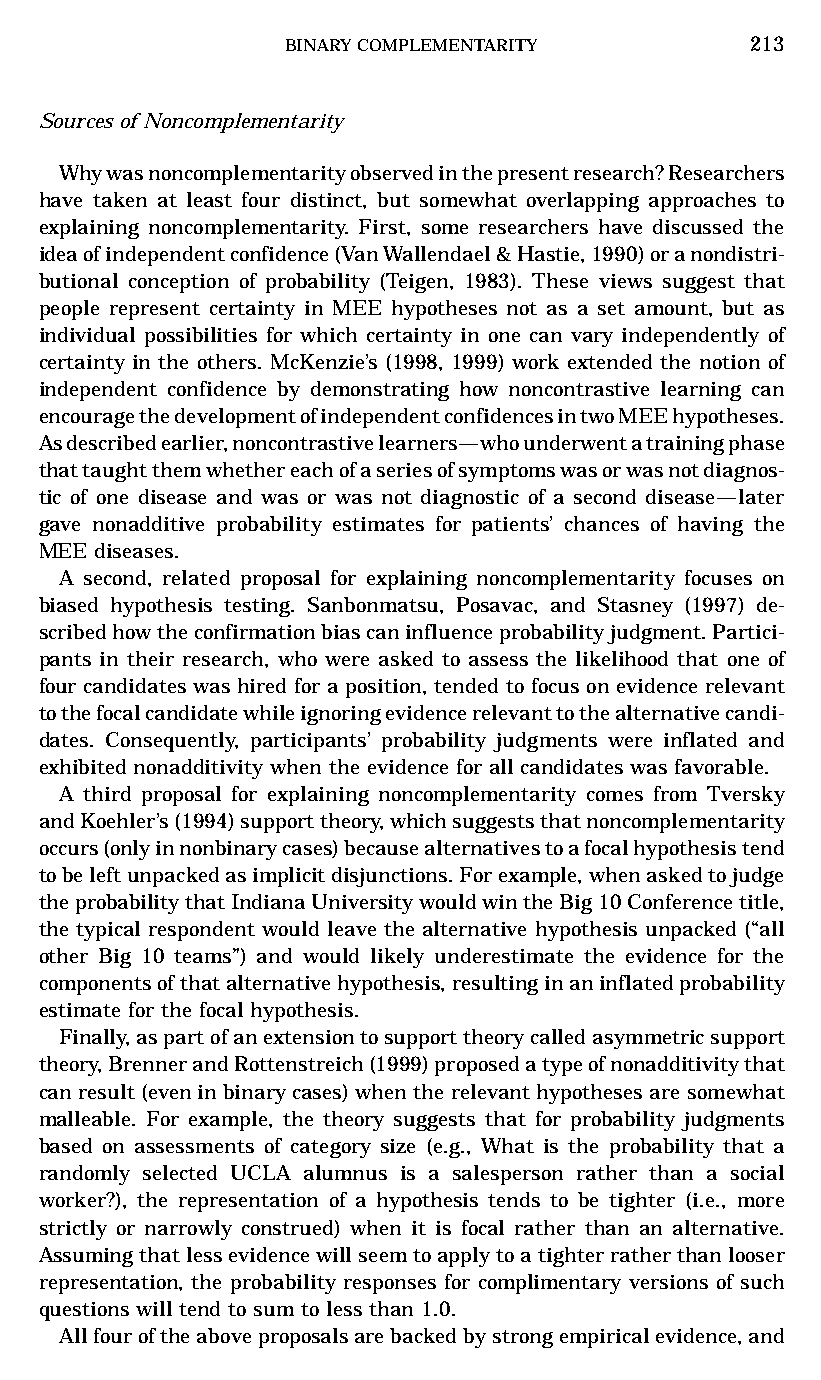
BINARYCOMPLEMENTARITY         213
 Sources of Noncomplementarity
 Whywasnoncomplementarityobservedinthepresentresearch?Researchers
 have taken at least four distinct, but somewhat overlapping approaches to
 explaining noncomplementarity. First, some researchers have discussed the
 ideaofindependentconfidence(VanWallendael&Hastie,1990)oranondistri-
 butional conception of probability (Teigen, 1983). These views suggest that
 people represent certainty in MEE hypotheses not as a set amount, but as
 individual possibilities for which certainty in one can vary independently of
 certainty in the others. McKenzie’s (1998, 1999) work extended the notion of
 independent confidence by demonstrating how noncontrastive learning can
 encouragethedevelopmentofindependentconfidencesintwoMEEhypotheses.
 Asdescribedearlier,noncontrastivelearners—whounderwentatrainingphase
 thattaughtthemwhethereachofaseriesofsymptomswasorwasnotdiagnos-
 tic of one disease and was or was not diagnostic of a second disease—later
 gave nonadditive probability estimates for patients’ chances of having the
 MEE diseases.
 A second, related proposal for explaining noncomplementarity focuses on
 biased hypothesis testing. Sanbonmatsu, Posavac, and Stasney (1997) de-
 scribedhowtheconfirmationbiascaninfluenceprobabilityjudgment.Partici-
 pants in their research, who were asked to assess the likelihood that one of
 four candidates was hired for a position, tended to focus on evidence relevant
 tothefocalcandidatewhileignoringevidencerelevanttothealternativecandi-
 dates. Consequently, participants’ probability judgments were inflated and
 exhibited nonadditivity when the evidence for all candidates was favorable.
 A third proposal for explaining noncomplementarity comes from Tversky
 andKoehler’s(1994)supporttheory,whichsuggeststhatnoncomplementarity
 occurs(onlyinnonbinarycases)becausealternativestoafocalhypothesistend
 tobeleftunpackedasimplicitdisjunctions.Forexample,whenaskedtojudge
 theprobabilitythatIndianaUniversitywouldwintheBig10Conferencetitle,
 the typical respondent would leave the alternative hypothesis unpacked (“all
 other Big 10 teams”) and would likely underestimate the evidence for the
 componentsofthatalternativehypothesis,resultinginaninflatedprobability
 estimate for the focal hypothesis.
 Finally,aspartofanextensiontosupporttheorycalledasymmetricsupport
 theory,BrennerandRottenstreich(1999)proposedatypeofnonadditivitythat
 canresult(eveninbinarycases)whentherelevanthypothesesaresomewhat
 malleable. For example, the theory suggests that for probability judgments
 based on assessments of category size (e.g., What is the probability that a
 randomly selected UCLA alumnus is a salesperson rather than a social
 worker?), the representation of a hypothesis tends to be tighter (i.e., more
 strictly or narrowly construed) when it is focal rather than an alternative.
 Assumingthatlessevidencewillseemtoapplytoatighterratherthanlooser
 representation, the probability responses for complimentary versions of such
 questions will tend to sum to less than 1.0.
 Allfouroftheaboveproposalsarebackedbystrongempiricalevidence,and